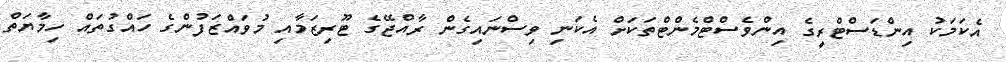
އެކަމަކު އިންޑަސްޓްރީގެ އިންވެސްޓްމެންޓްތަކަށް އެކަނި ވިސްނައިގެން ރާއްޖޭގެ ޓޫރިޒަމާއި މުވައްޒަފުންގެ ހައްގުތައް ހިމާޔަތް